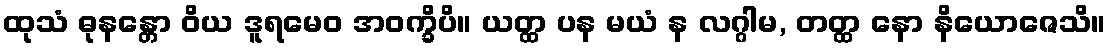
ထုသံ ဓုနန္တော ဝိယ ဒူရမေဝ အဝက္ခိပိ။ ယတ္ထ ပန မယံ န လဂ္ဂါမ, တတ္ထ နော နိယောဇေသိ။